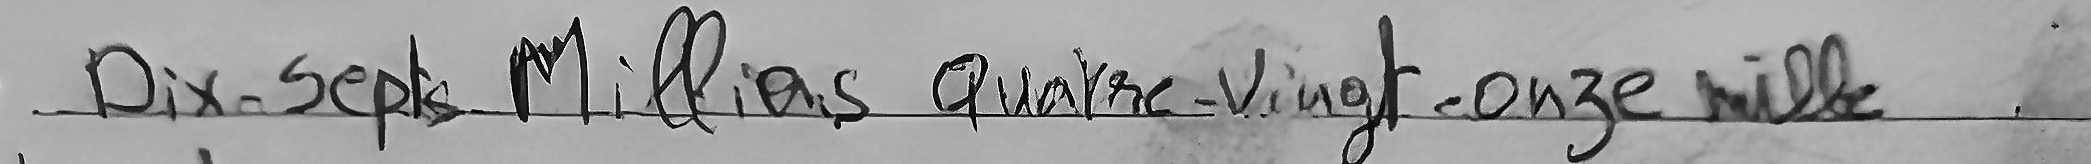
Dix-Sept Millions Quatre-Vingt-onze mille